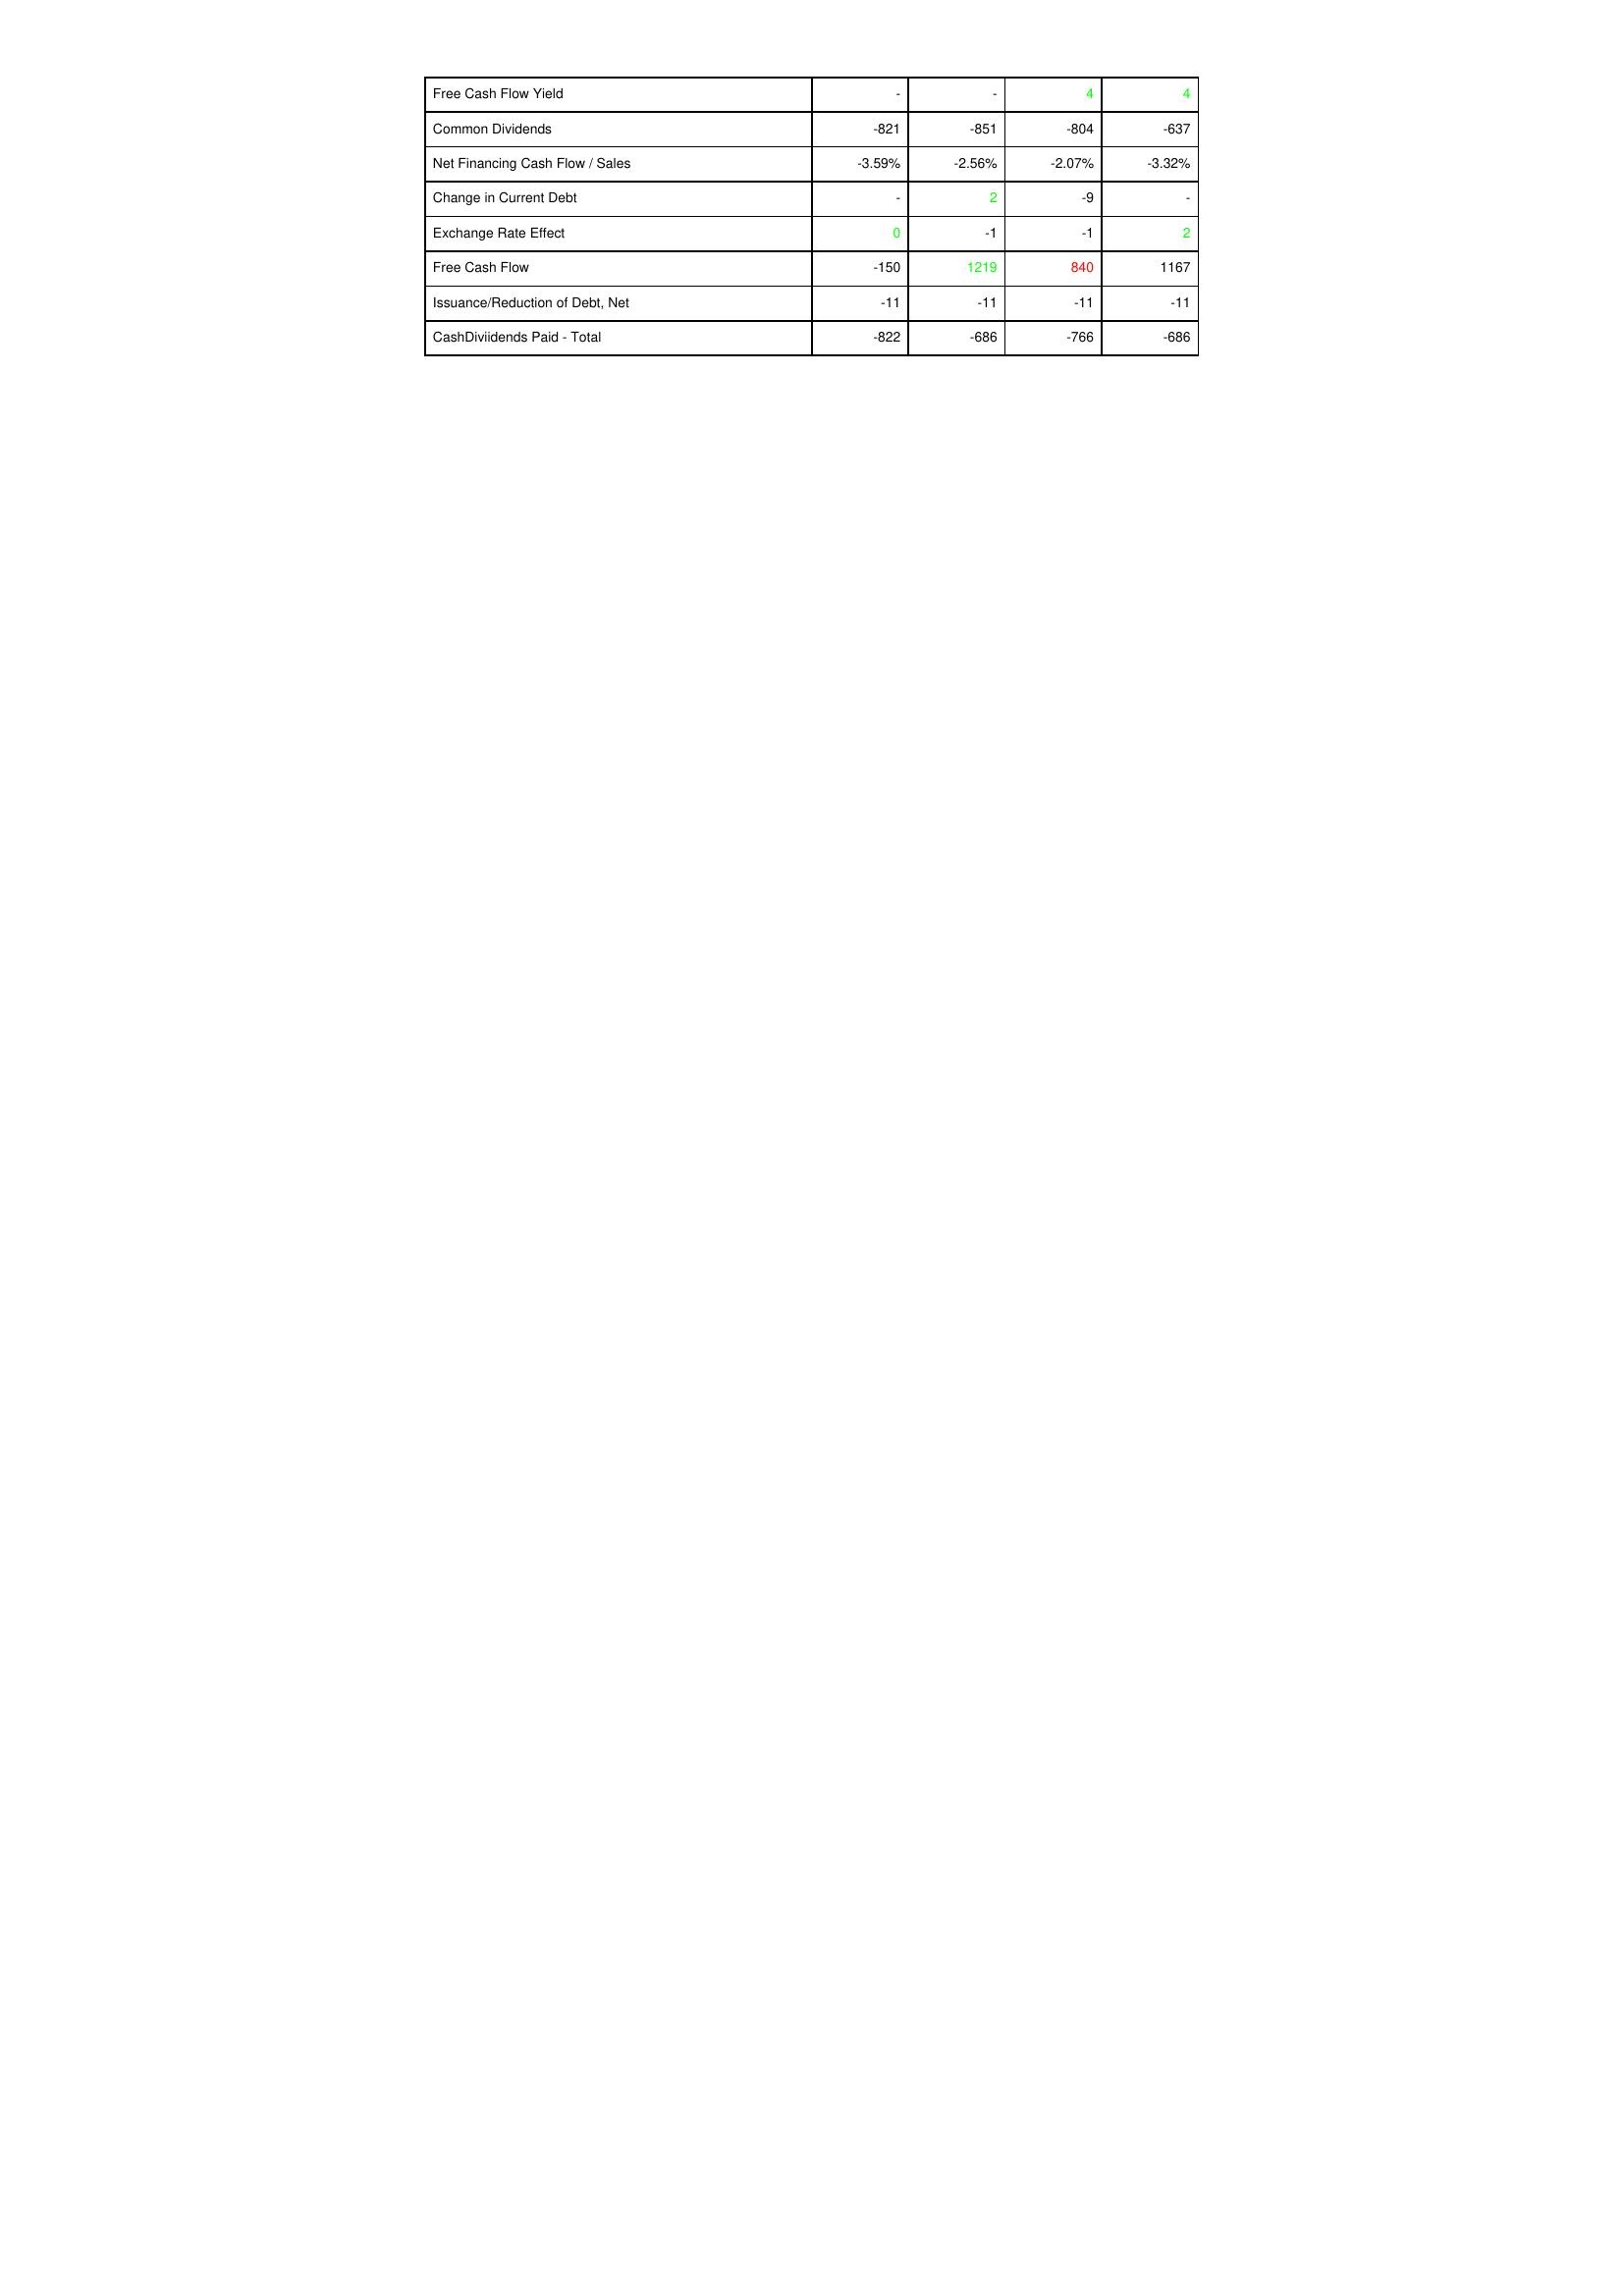
gt_parse: 2014: Financing Activities: Free Cash Flow Yield: -
Common Dividends: -821
Net Financing Cash Flow / Sales: -3.59%
Change in Current Debt: -
Exchange Rate Effect: 0
Free Cash Flow: -150
Issuance/Reduction of Debt, Net: -11
CashDiviidends Paid - Total: -822
2015: Financing Activities: Free Cash Flow Yield: -
Common Dividends: -851
Net Financing Cash Flow / Sales: -2.56%
Change in Current Debt: 2
Exchange Rate Effect: -1
Free Cash Flow: 1219
Issuance/Reduction of Debt, Net: -11
CashDiviidends Paid - Total: -686
2016: Financing Activities: Free Cash Flow Yield: 4
Common Dividends: -804
Net Financing Cash Flow / Sales: -2.07%
Change in Current Debt: -9
Exchange Rate Effect: -1
Free Cash Flow: 840
Issuance/Reduction of Debt, Net: -11
CashDiviidends Paid - Total: -766
2017: Financing Activities: Free Cash Flow Yield: 4
Common Dividends: -637
Net Financing Cash Flow / Sales: -3.32%
Change in Current Debt: -
Exchange Rate Effect: 2
Free Cash Flow: 1167
Issuance/Reduction of Debt, Net: -11
CashDiviidends Paid - Total: -686